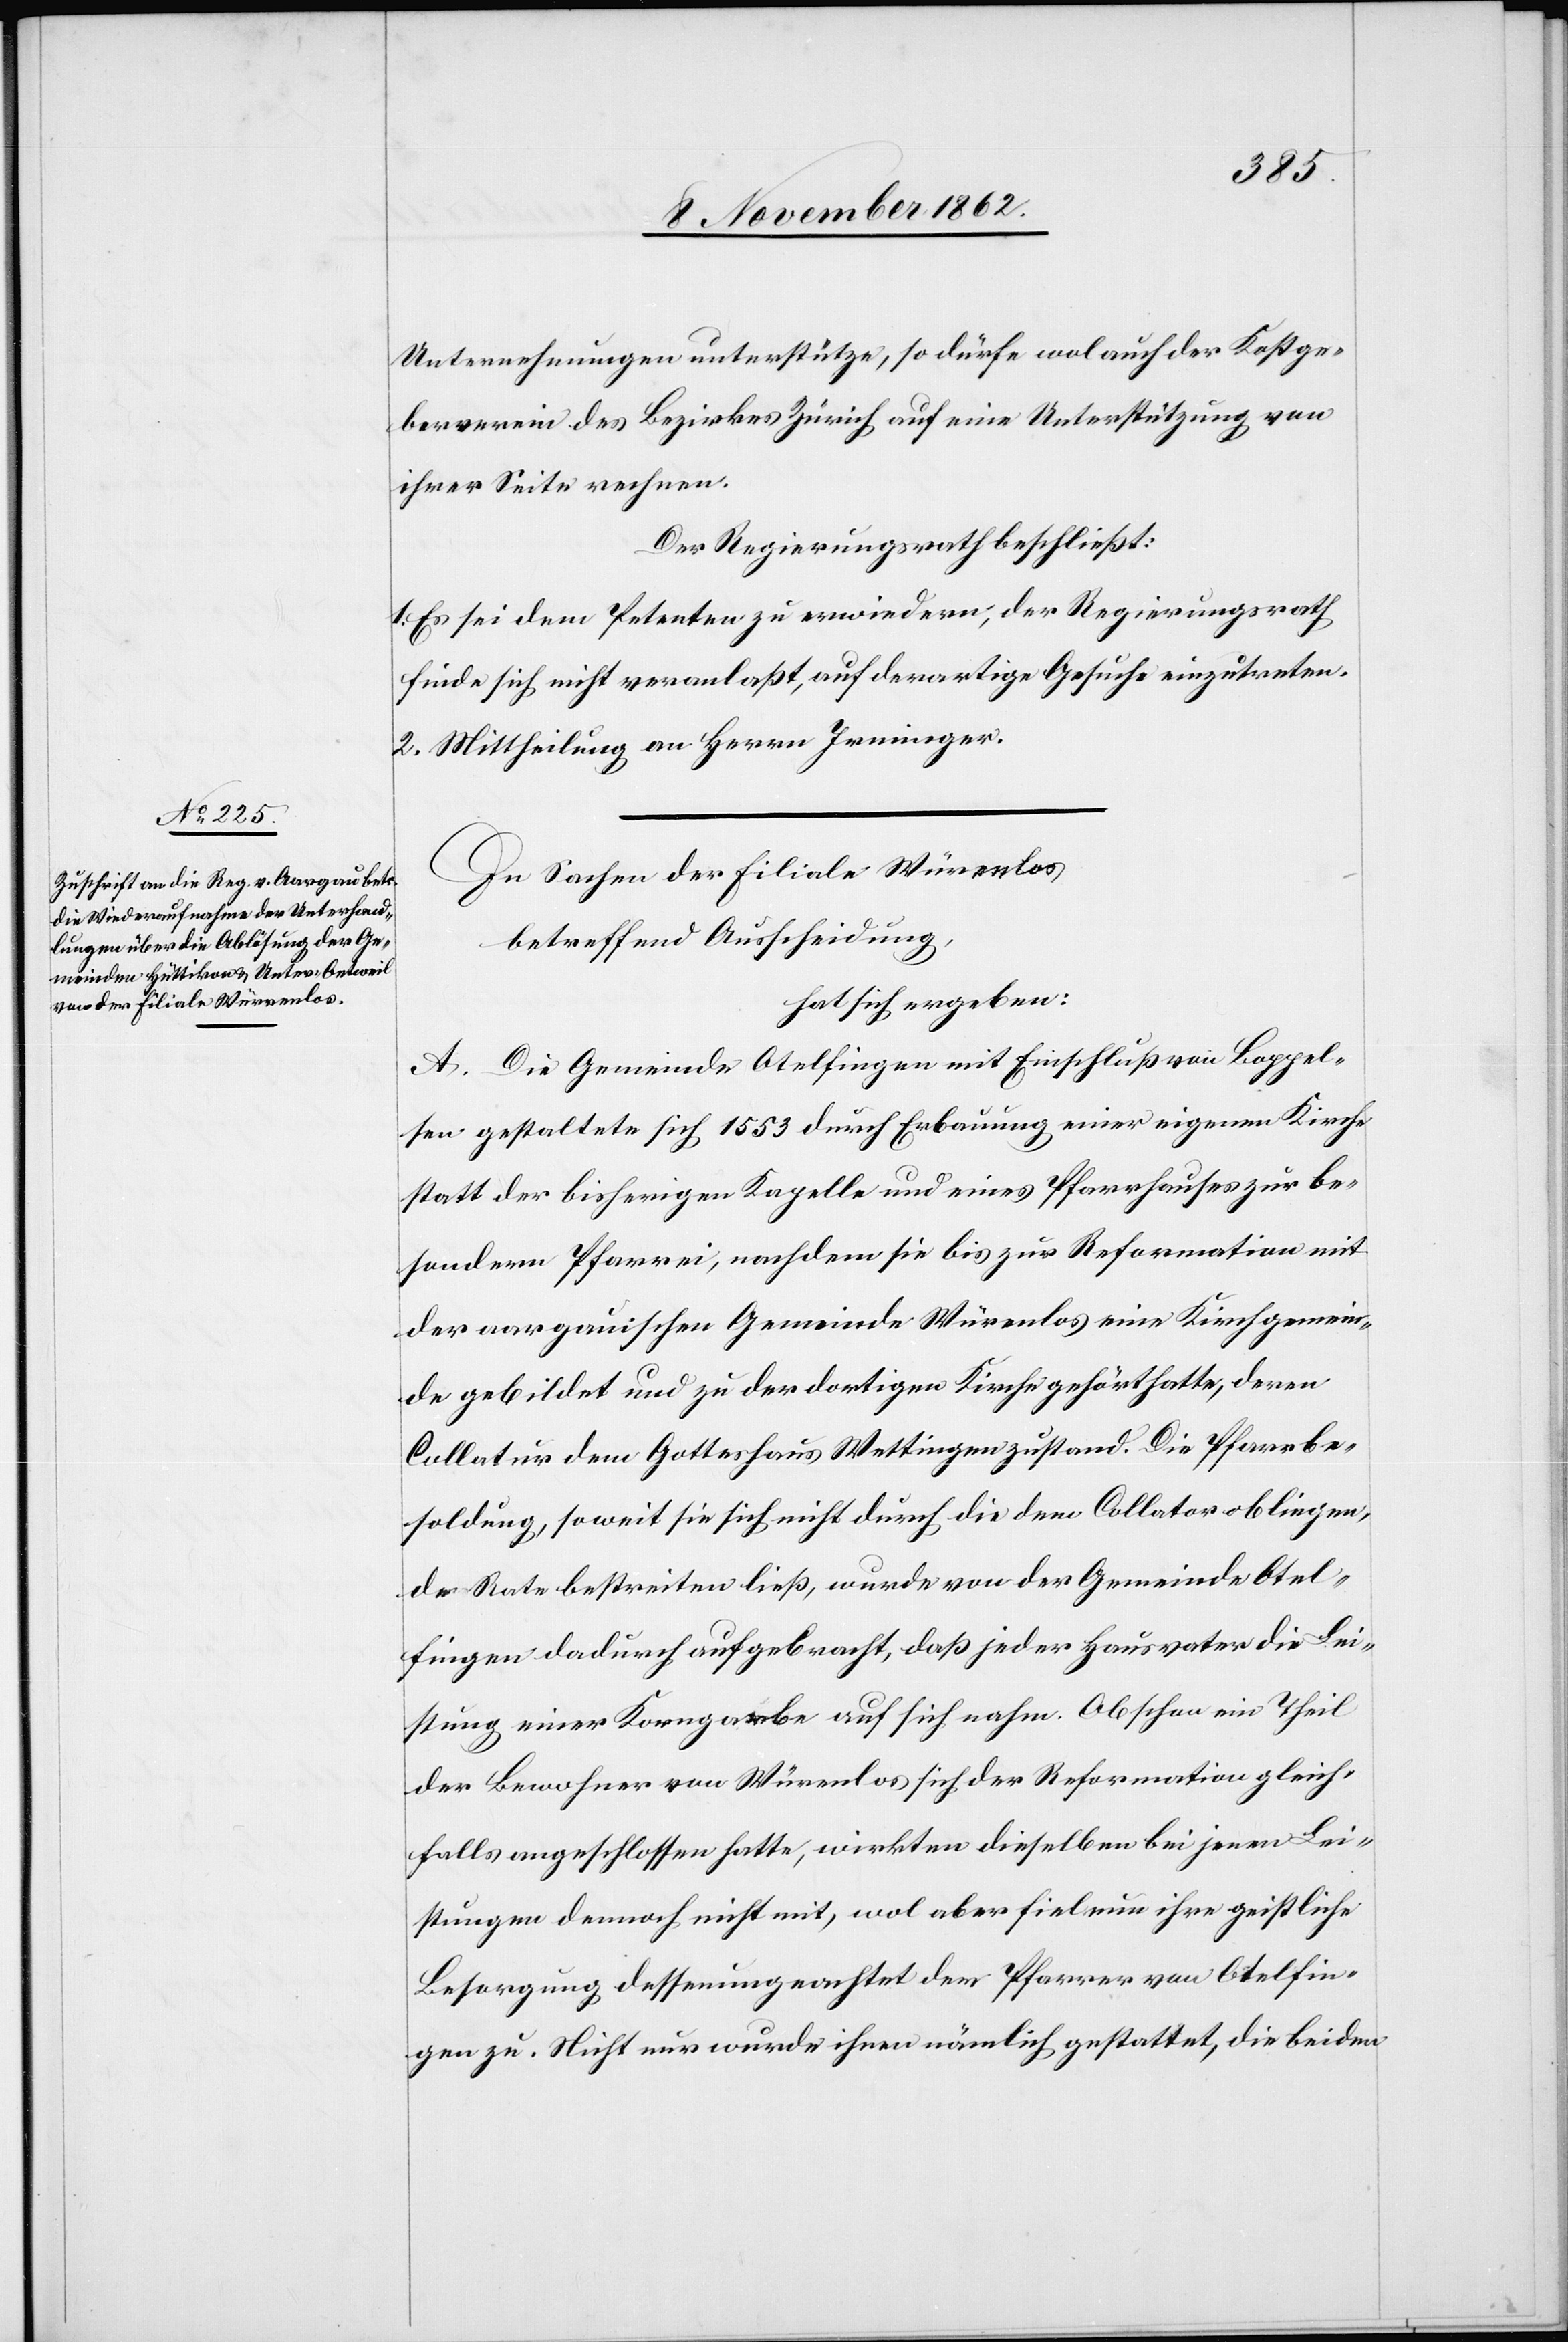
Unternehmungen unterstütze, so dürfe wol auch der Kostge¬
berverein des Bezirkes Zürich auf eine Unterstützung von
ihrer Seite rechnen.
Der Regierungsrath beschließt:
1. Es sei dem Petenten zu erwiedern, der Regierungsrath
finde sich nicht veranlaßt, auf derartige Gesuche einzutreten.
2. Mittheilung an Herrn Irminger.
In Sachen der Filiale Würenlos
betreffend Ausscheidung,
hat sich ergeben:
A. Die Gemeinde Otelfingen mit Einschluß von Boppel¬
sen gestaltete sich 1553 durch Erbauung einer eigenen Kirche
statt der bisherigen Kapelle und eines Pfarrhauses zur be¬
sondern Pfarrei, nachdem sie bis zur Reformation mit
der aargauischen Gemeinde Würenlos eine Kirchgemein¬
de gebildet und zu der dortigen Kirche gehört hatte, deren
Collatur dem Gotteshaus Wettingen zustand. Die Pfarrbe¬
soldung, soweit sie sich nicht durch die dem Collator obliegen¬
de Rate bestreiten ließ, wurde von der Gemeinde Otel¬
fingen dadurch aufgebracht, daß jeder Hausvater die Lei¬
stung einer Krongabe auf sich nahm. Obschon ein Theil
der Bewohner von Würenlos sich der Reformation gleich¬
falls angeschlossen hatte, wirkten dieselben bei jenen Lei¬
stungen dennoch nicht mit, wol aber fiel nun ihre geistliche
Besorgung desseungeachtet dem Pfarrer von Otelfin¬
gen zu. Nicht nur wurde ihnen nämlich gestattet, die beiden